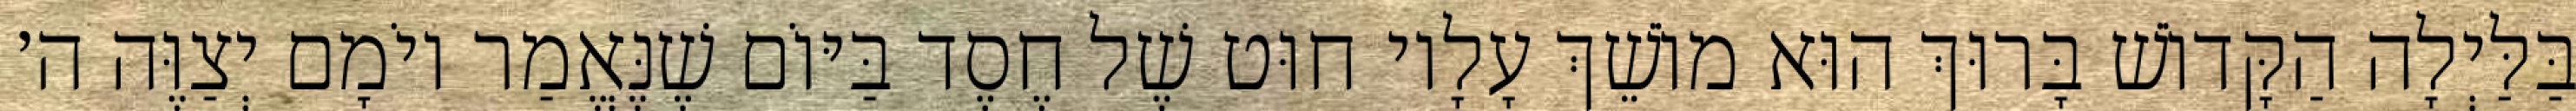
בַּלַּיְלָה הַקָּדוֹשׁ בָּרוּךְ הוּא מוֹשֵׁךְ עָלָיו חוּט שֶׁל חֶסֶד בַּיּוֹם שֶׁנֶּאֱמַר יוֹמָם יְצַוֶּה ה׳